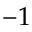
- 1